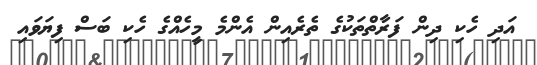
އަދި ހެކި ދިން ފަރާތްތަކުގެ ތެރެއިން އެންމެ މީހެއްގެ ހެކި ބަސް ފިޔަވައި